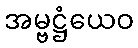
အမ္ဗဋ္ဌံယေဝ